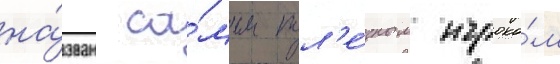
на́зван са́мым пол'е́зным игроко́м